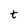
Character: t